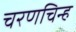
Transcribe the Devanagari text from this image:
चरणचिन्ह